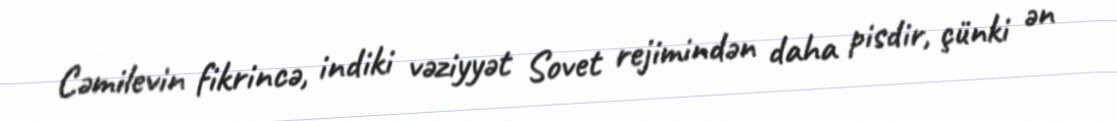
Cəmilevin fikrincə, indiki vəziyyət Sovet rejimindən daha pisdir, çünki ən